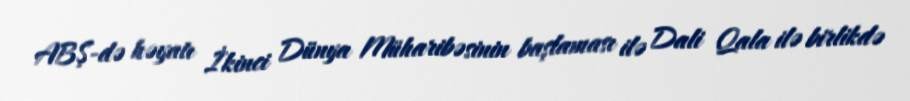
ABŞ-də həyatı İkinci Dünya Müharibəsinin başlaması ilə Dali Qala ilə birlikdə